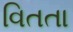
વિતતા